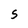
Character: S